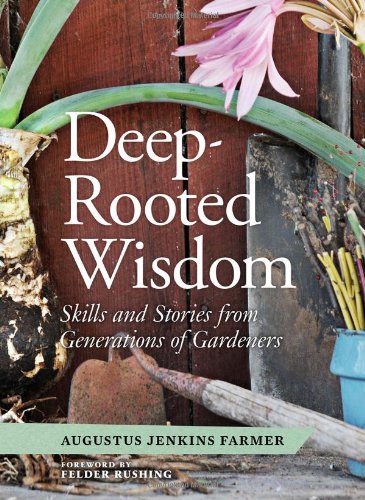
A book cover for Deep-Rooted Wisdom: Stories and Skills from Generations of Gardeners; Augustus Jenkins Farmer; Crafts, Hobbies & Home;